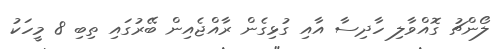
ލޯންޗު ގޮއްވާލި ހާދިސާ އާއި ގުޅިގެން ރާއްޖެއިން ބޭރުގައި ތިބި 8 މީހަކު